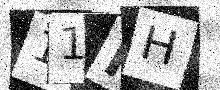
Text: 11RH